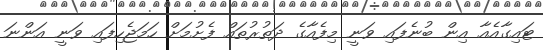
ޓައިގާއެއާ އިން ބުނެފައި ވަނީ މިފެއާގެ ދަތުރުތައް ފެށުމަށް ހަމަޖެހިފައި ވަނީ އަންނަ